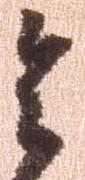
令